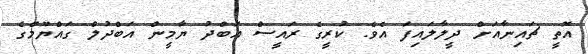
އޮތީ ޗައިނާއަށް ދީލާލައިފަ އެވެ. ކުރީގެ ރައީސް އަބްދު ޔާމީން އަބްދުލް ގައްޔޫމްގެ